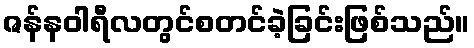
ဇန်နဝါရီလတွင်စတင်ခဲ့ခြင်းဖြစ်သည်။